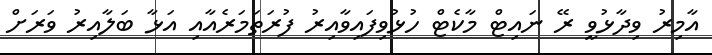
އާމިރު ވިދާޅުވީ ރޭ ނައިޓް މާކެޓް ހުޅުވިފައިވާއިރު ފުރަތަމަރެއާއި އަޅާ ބަލާއިރު ވަރަށް